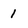
Character: I